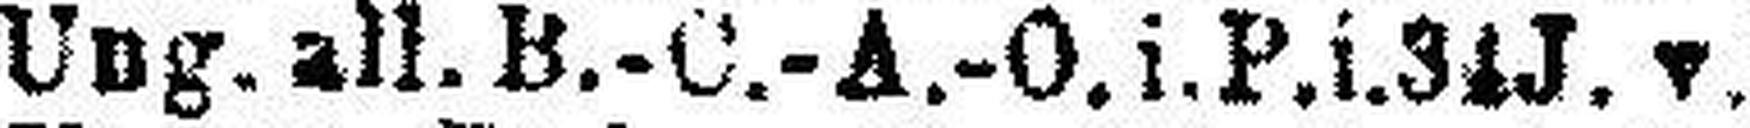
5½% Ung. all. B.-C.-A.-O. i.P.i.31J. v.